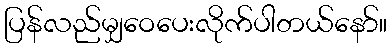
ပြန်လည်မျှဝေပေးလိုက်ပါတယ်နော်။